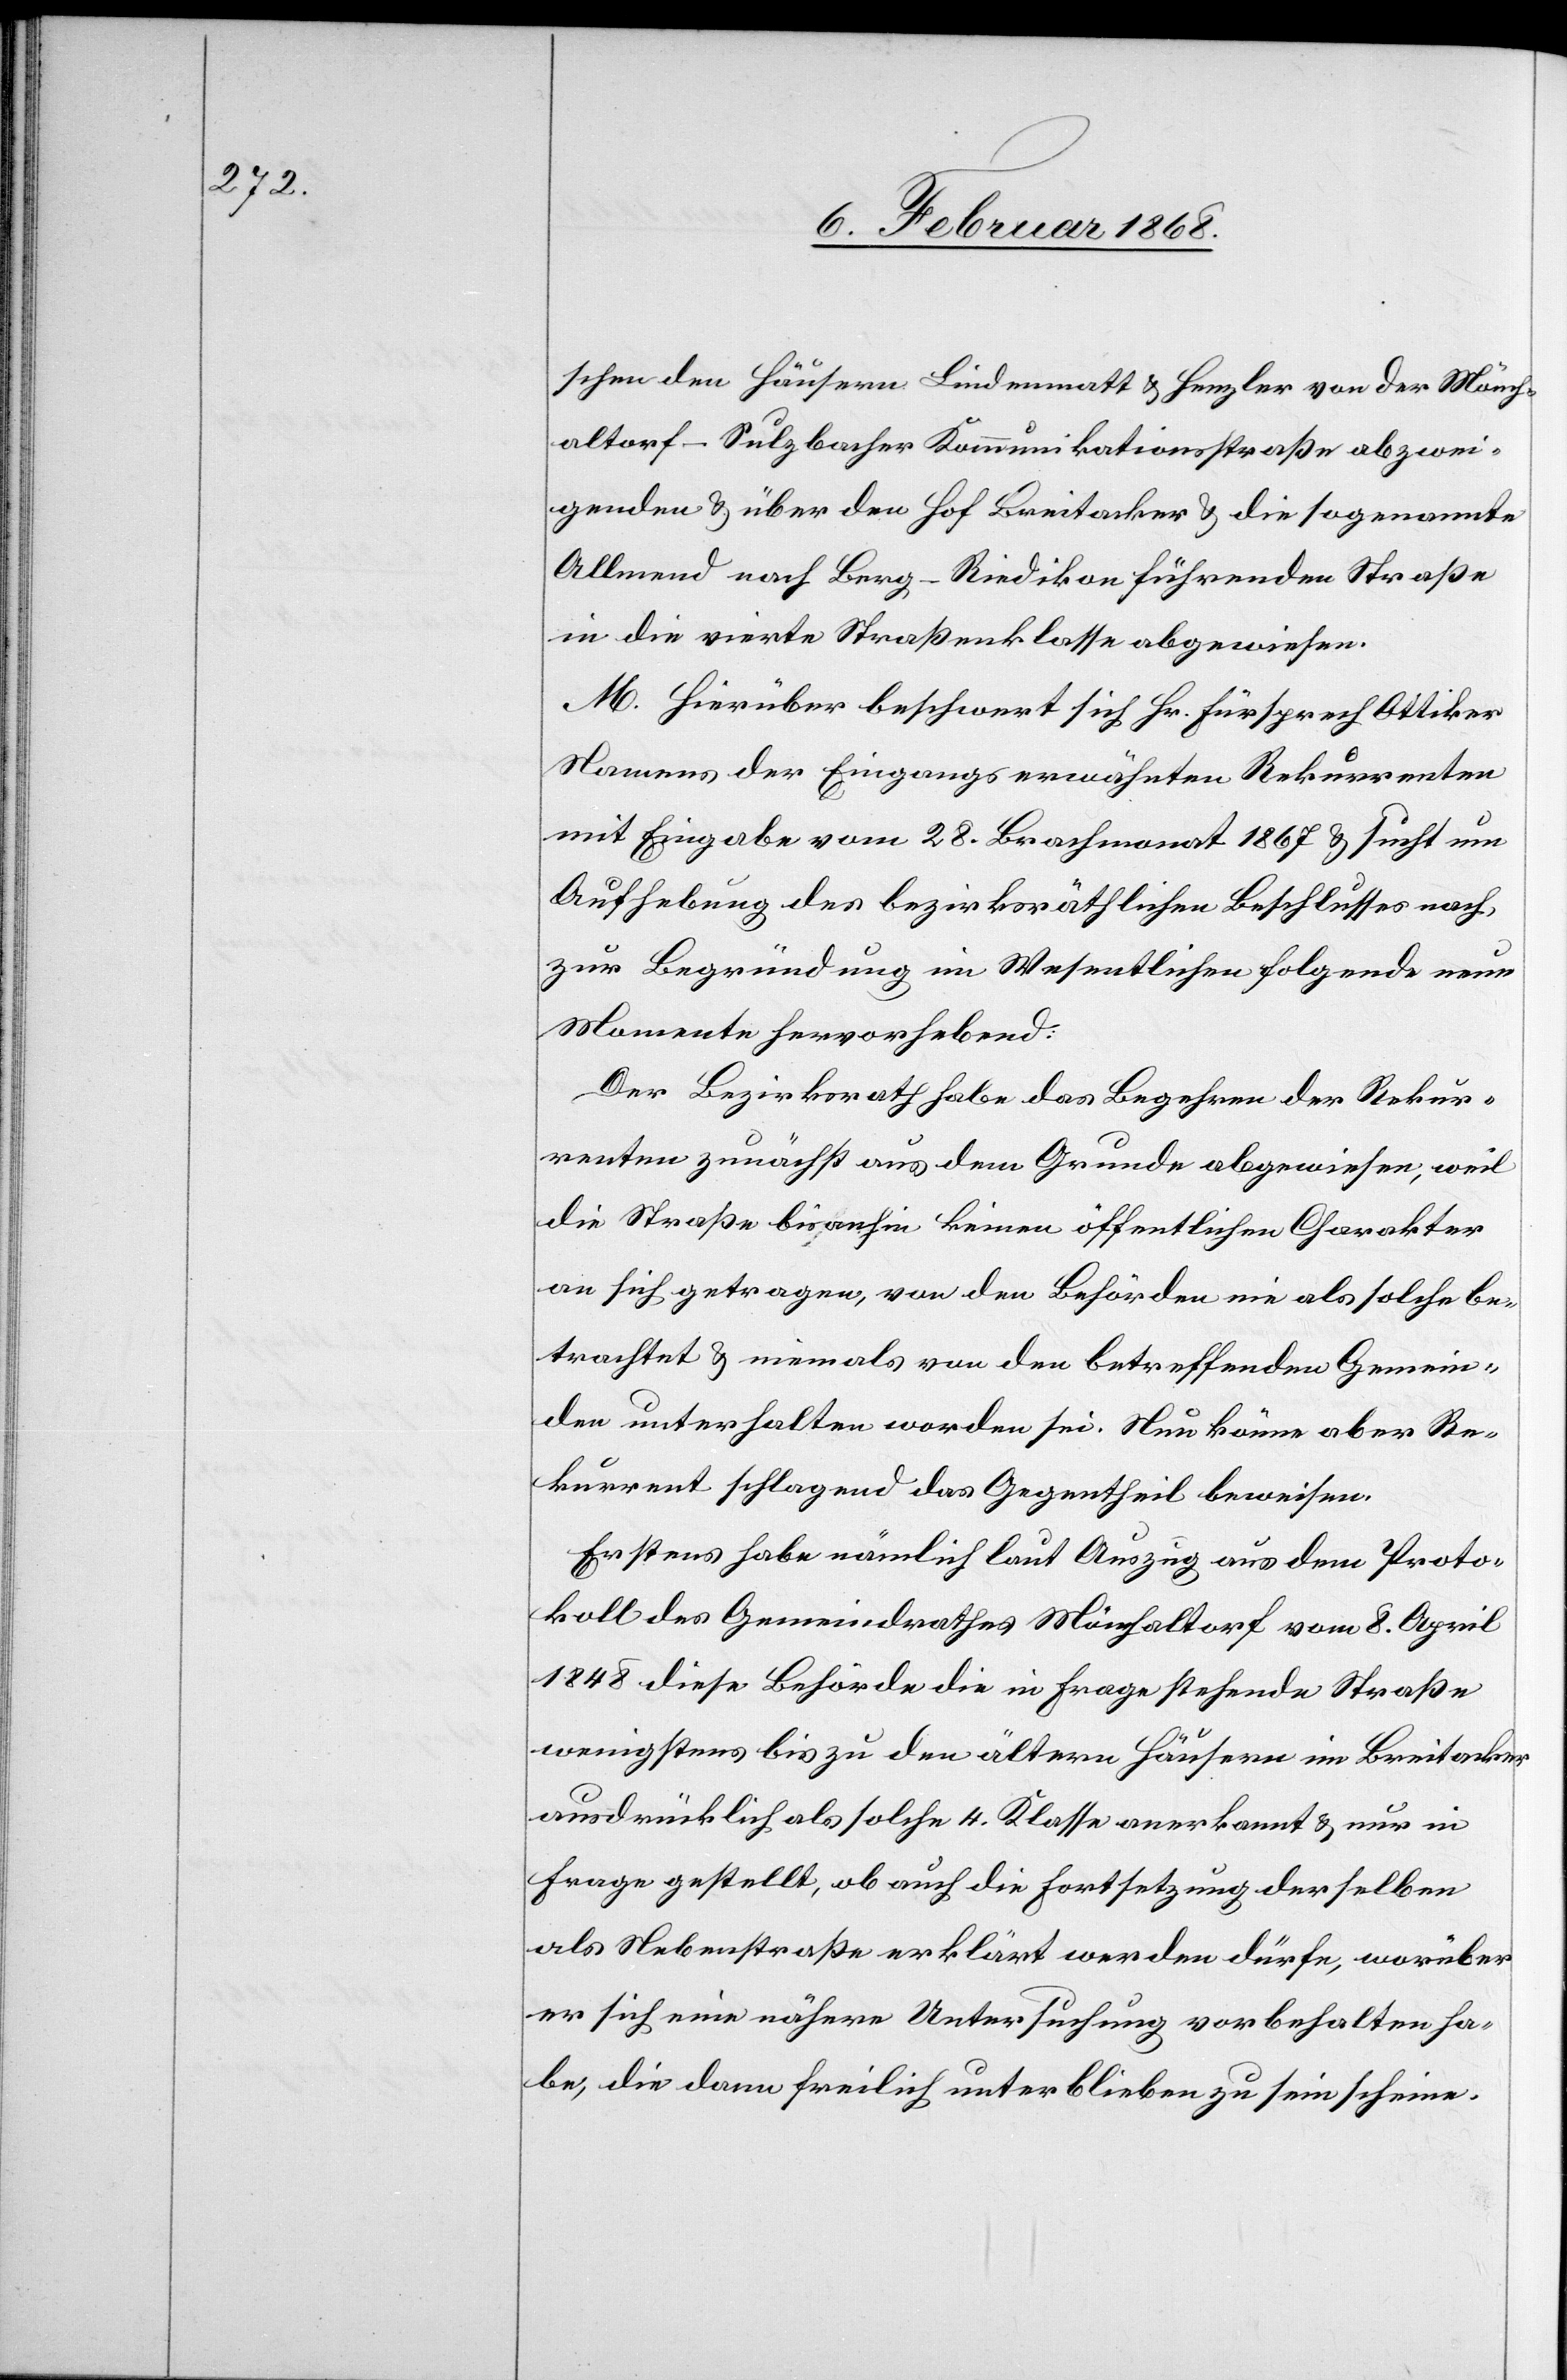
schen den Häusern Lindenmatt & Henzler von der Mönch¬
altorf-Sulzbacher Kommunikationsstraße abzwei¬
genden & über den Hof Breitacker & die sogenannte
Allmend nach Berg-Riedikon führenden Straße
in die vierte Straßenklasse abgewiesen.
M. Hierüber beschwert sich Hr. Fürsprech Ottiker
Namens der Eingangs erwähnten Rekurrenten
mit Eingabe vom 28. Brachmonat 1867 & sucht um
Aufhebung des bezirksräthlichen Beschlusses nach,
zur Begründung im Wesentlichen folgende neue
Momente hervorhebend:
Der Bezirksrath habe das Begehren der Rekur¬
renten zunächst aus dem Grunde abgewiesen, weil
die Straße bisanhin keinen öffentlichen Charakter
an sich getragen, von den Behörden nie als solche be¬
trachtet & niemals von den betreffenden Gemein¬
den unterhalten worden sei. Nun könne aber Re¬
kurrent schlagend das Gegentheil beweisen.
Erstens habe nämlich laut Auszug aus dem Proto¬
koll des Gemeindrathes Mönchaltorf vom 8. April
1848 diese Behörde die in Frage stehende Straße
wenigstens bis zu den ältern Häusern im Breitacker
ausdrücklich als solche 4. Klasse anerkannt & nur in
Frage gestellt, ob auch die Fortsetzung derselben
als Nebenstraße erklärt werden dürfe, worüber
er sich eine nähere Untersuchung vorbehalten ha¬
be, die dann freilich unterblieben zu sein scheine.